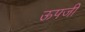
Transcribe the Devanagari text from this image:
ऊपजी